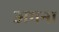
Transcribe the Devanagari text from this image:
अगना